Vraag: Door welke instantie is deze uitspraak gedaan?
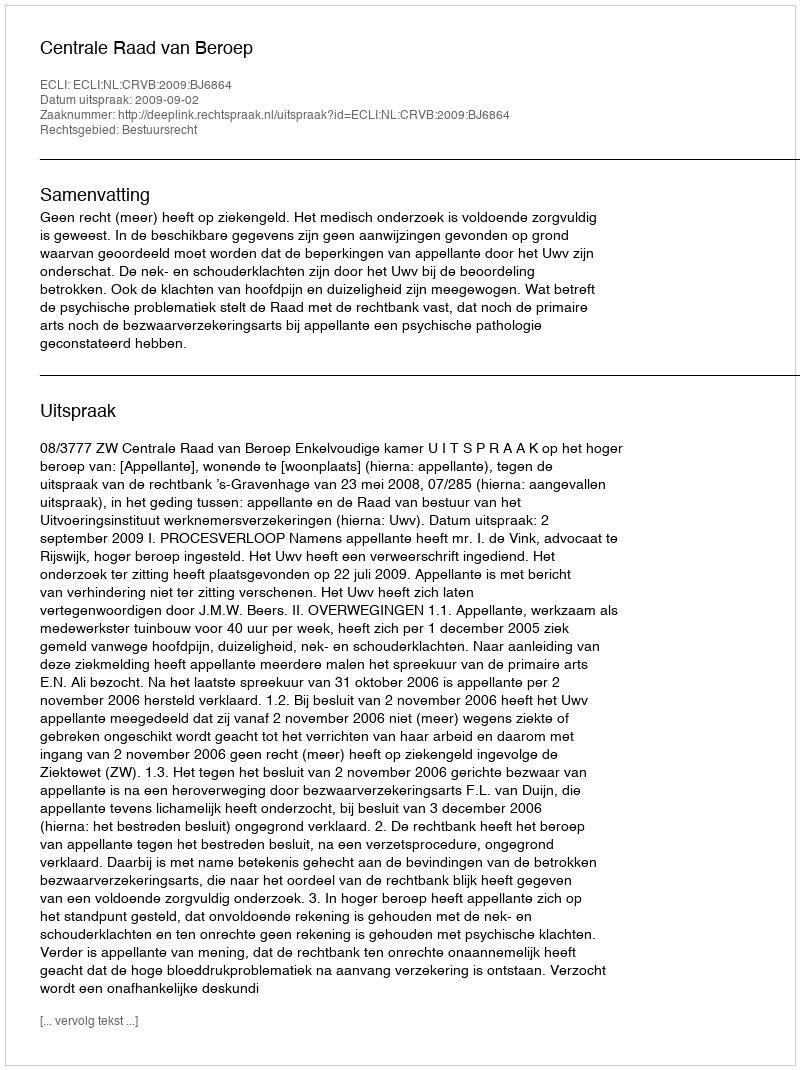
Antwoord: Centrale Raad van Beroep